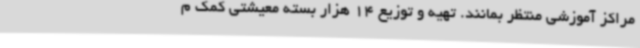
مراکز آموزشی منتظر بمانند. تهیه و توزیع 14 هزار بسته معیشتی کمک م